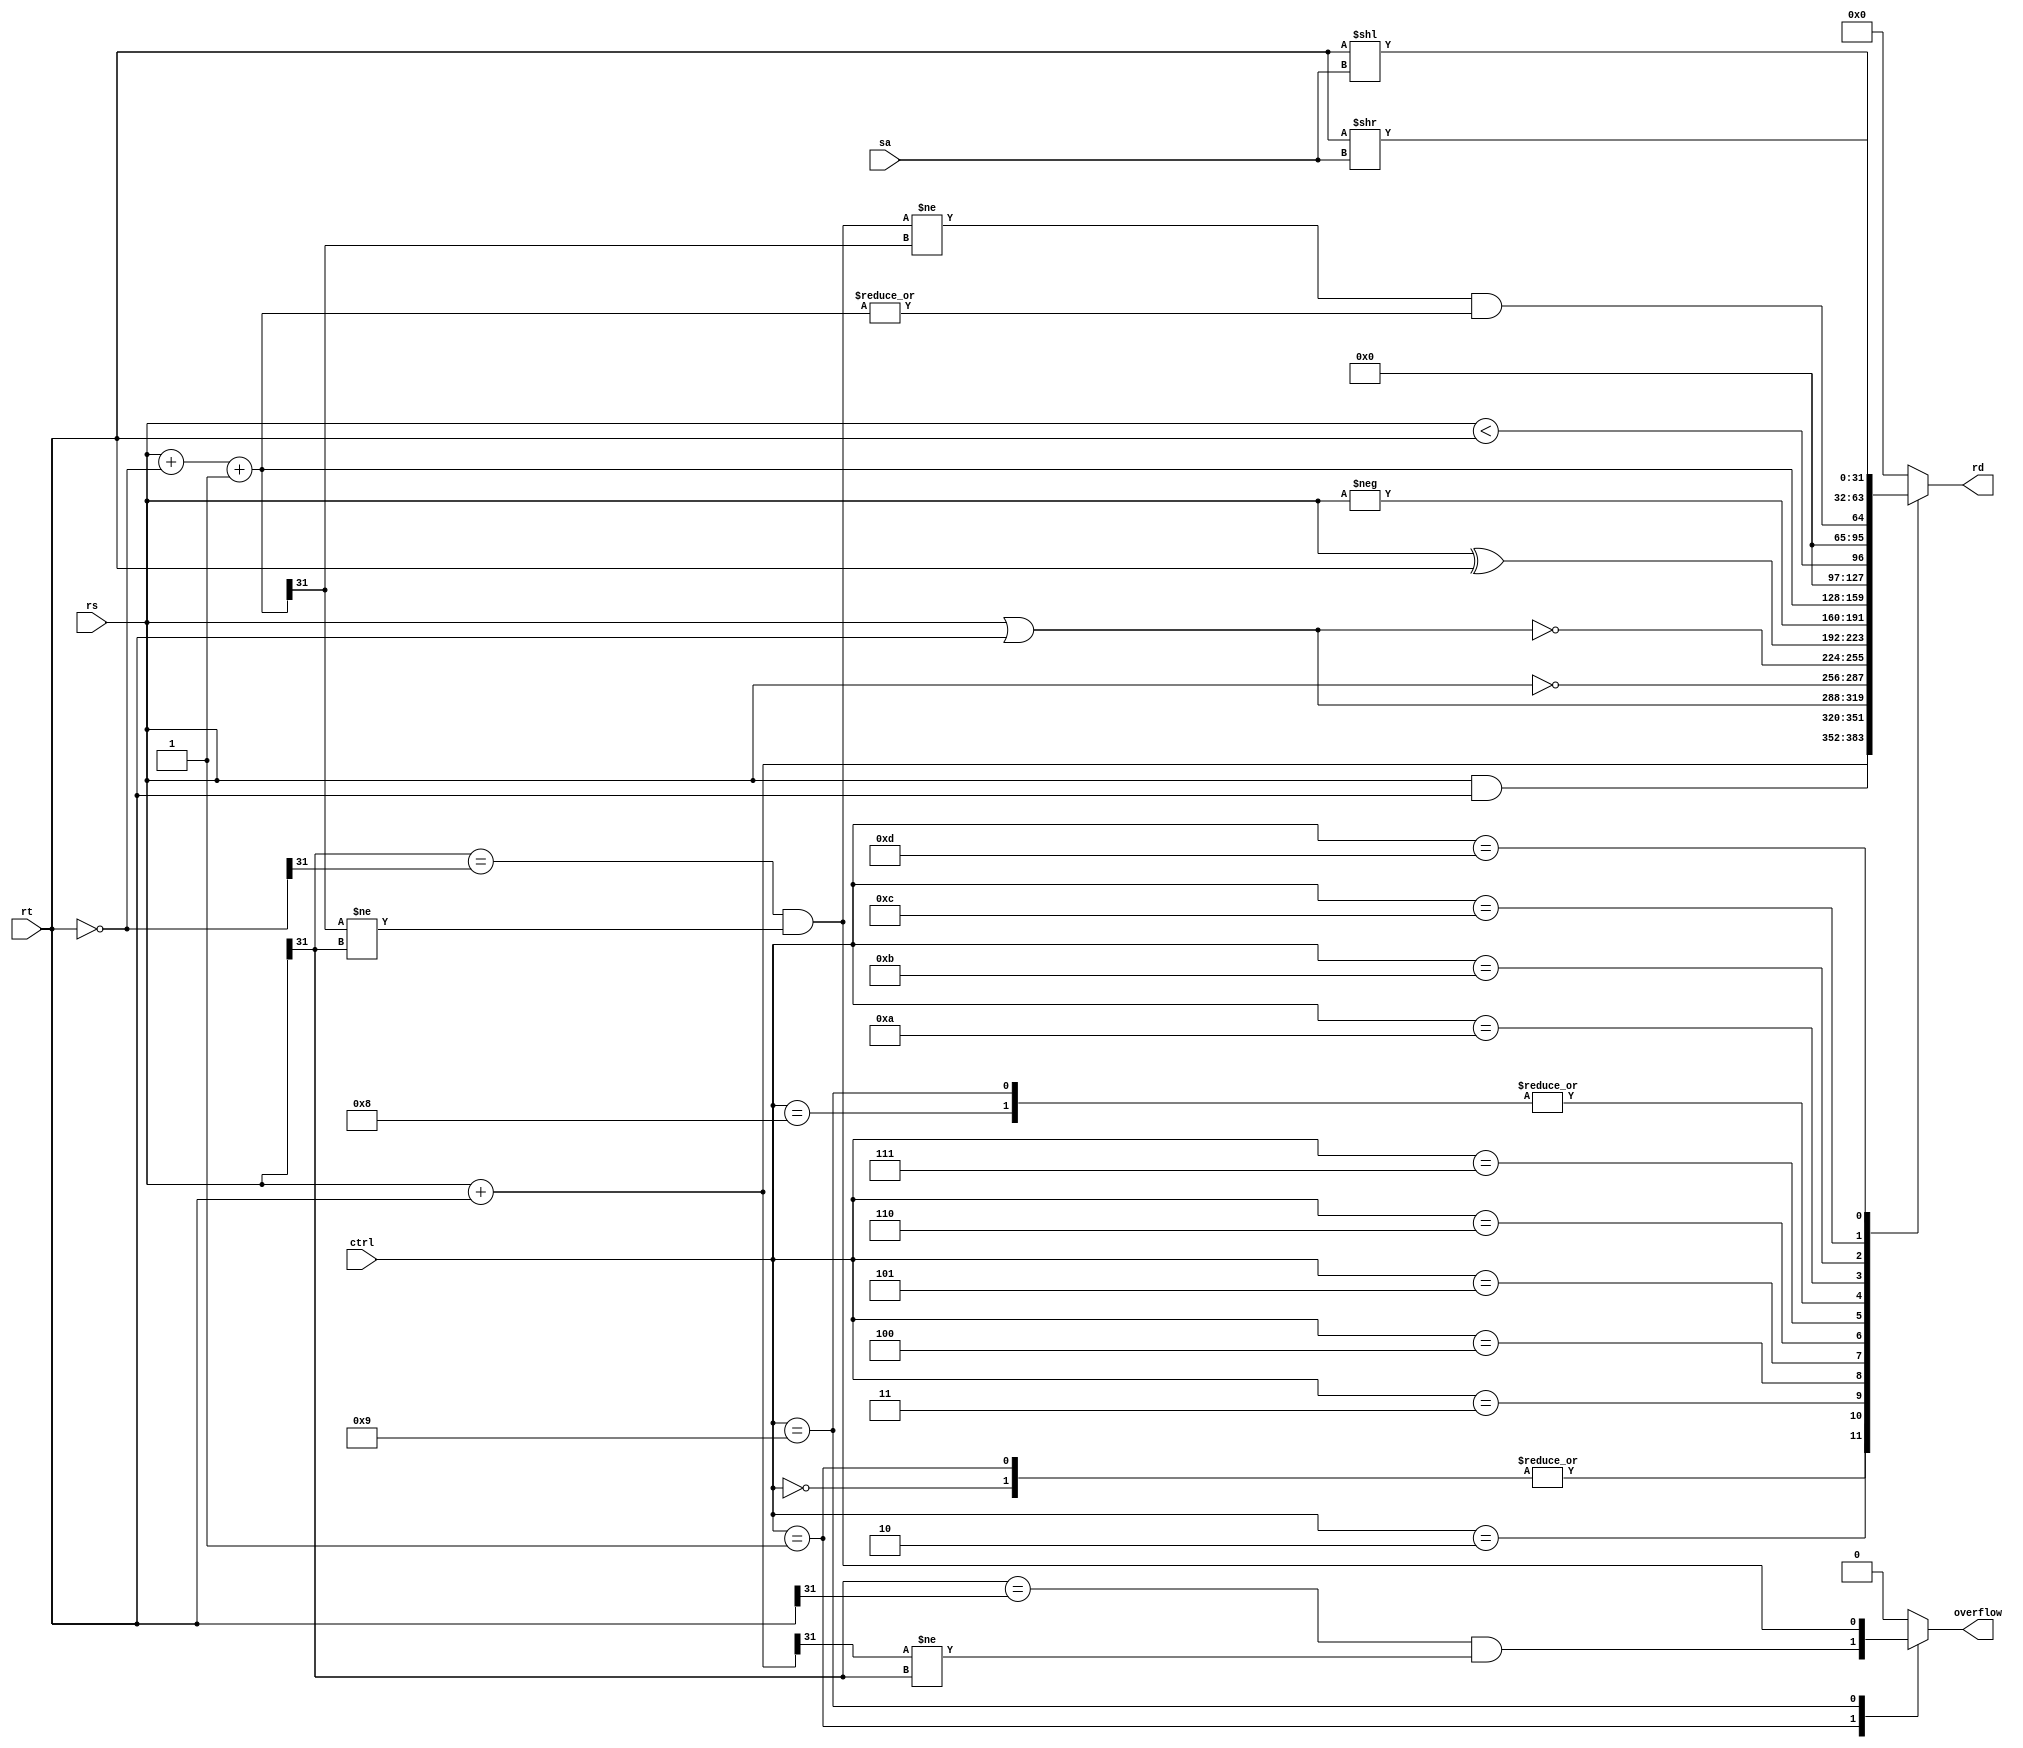
module ALU(
	input [31:0]rs,
	input [31:0]rt,
	input [3:0]ctrl,
	input [4:0]sa,
	output reg [31:0]rd,
	output reg overflow
	);
	wire [31:0]addu;
	wire [31:0]add;
	wire [31:0]and_;
	wire [31:0]or_;
	wire [31:0]not_;
	wire [31:0]nor_;
	wire [31:0]xor_;
	wire [31:0]neg;
	wire [31:0]subu;
	wire [31:0]sub;
	wire [31:0]sltu;
	wire [31:0]slt;
	wire [31:0]neg_rt;
	wire [31:0]sll;
	wire [31:0]srl;
	wire addOF;
	wire subOF;
	wire subSF;
	wire subZF;
	
	assign neg_rt = ~rt;
	
	assign addu = rs+rt;
	assign add = rs+rt;
	assign and_ = rs & rt;
	assign or_ = rs | rt;
	assign not_ = ~rs;
	assign nor_ = ~(rs | rt);
	assign xor_ = rs ^ rt;
	assign neg = -rs;
	assign subu = rs+neg_rt+1'b1;
	assign sub = rs+neg_rt+1'b1;
	assign sltu = rs < rt;
	
	assign addOF = (rs[31] == rt[31]) && (add[31] != rs[31]);
	
	assign subOF = (rs[31] == neg_rt[31]) && (sub[31] != rs[31]);
	assign subSF = sub[31];
	assign subZF = ~(|sub);
	
	assign slt = (subOF != subSF) && (!subZF);
	
	assign sll = rt << sa;
	assign srl = rt >> sa;
	
	always @ (*)
	begin
		overflow = 1'b0;
		case (ctrl)
			4'b0000: rd = addu;
			4'b0001: begin
				rd = add;
				overflow = addOF;
			end
			4'b0010: rd = and_;
			4'b0011: rd = or_;
			4'b0100: rd = not_;
			4'b0101: rd = nor_;
			4'b0110: rd = xor_;
			4'b0111: rd = neg;
			4'b1000: rd = subu;
			4'b1001: begin
				rd = sub;
				overflow = subOF;
			end
			4'b1010: rd = sltu;
			4'b1011: rd = slt;
			4'b1100: rd = sll;
			4'b1101: rd = srl;
			default: rd = 32'd0;
		endcase
	end
	
endmodule